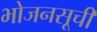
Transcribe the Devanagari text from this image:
भोजनसूची